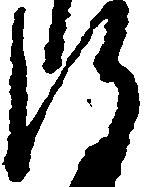
存